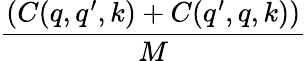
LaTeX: \frac{(C(q,q^{\prime},k)+C(q^{\prime},q,k))}{M}